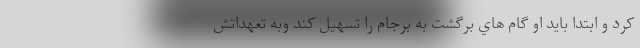
كرد و ابتدا بايد او گام هاي برگشت به برجام را تسهيل كند وبه تعهداتش